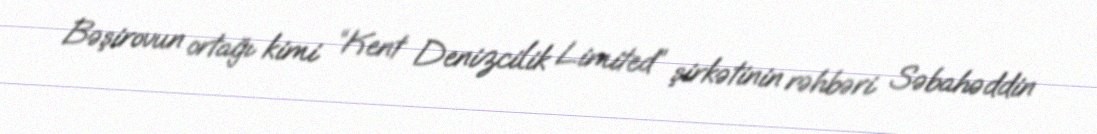
Bəşirovun ortağı kimi “Kent Denizcilik Limited” şirkətinin rəhbəri Səbahəddin